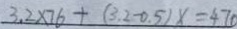
3 . 2 \times 7 6 + ( 3 . 2 - 0 . 5 ) x = 4 7 0